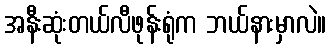
အနီးဆုံးတယ်လီဖုန်းရုံက ဘယ်နားမှာလဲ။